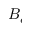
B _ { e }